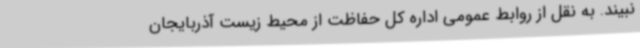
نبیند. به نقل از روابط عمومی اداره کل حفاظت از محیط زیست آذربایجان